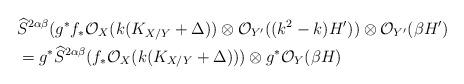
LaTeX: \begin{align*}&\widehat S^{2\alpha\beta}(g^*f_*\mathcal O_X(k(K_{X/Y}+\Delta))\otimes \mathcal O_{Y'}((k^2-k)H'))\otimes \mathcal O_{Y'}(\beta H') \\&= g^*\widehat S^{2\alpha\beta}(f_*\mathcal O_X(k(K_{X/Y}+\Delta)))\otimes g^*\mathcal O_Y(\beta H)\end{align*}